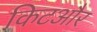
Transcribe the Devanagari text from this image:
किटऔर